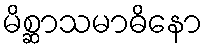
မိစ္ဆာသမာဓိနော